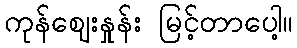
ကုန်ဈေးနှုန်း မြင့်တာပေါ့။